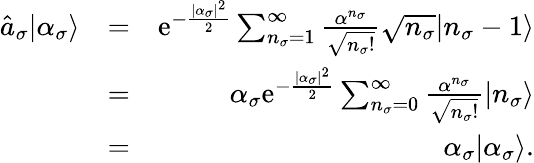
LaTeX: \begin{array}{rlr}{\hat{a}_{\sigma}|\alpha_{\sigma}\rangle}&{=}&{\mathrm{e}^{-\frac{|\alpha_{\sigma}|^{2}}{2}}\sum_{n_{\sigma}=1}^{\infty}\frac{\alpha^{n_{\sigma}}}{\sqrt{n_{\sigma}!}}\sqrt{n_{\sigma}}|n_{\sigma}-1\rangle}\\ &{=}&{\alpha_{\sigma}\mathrm{e}^{-\frac{|\alpha_{\sigma}|^{2}}{2}}\sum_{n_{\sigma}=0}^{\infty}\frac{\alpha^{n_{\sigma}}}{\sqrt{n_{\sigma}!}}|n_{\sigma}\rangle}\\ &{=}&{\alpha_{\sigma}|\alpha_{\sigma}\rangle.}\end{array}